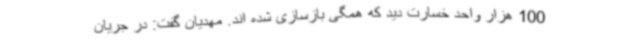
100 هزار واحد خسارت دید که همگی بازسازی شده اند. مهدیان گفت: در جریان